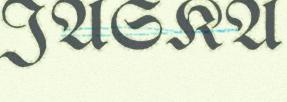
JASKA